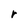
Character: r